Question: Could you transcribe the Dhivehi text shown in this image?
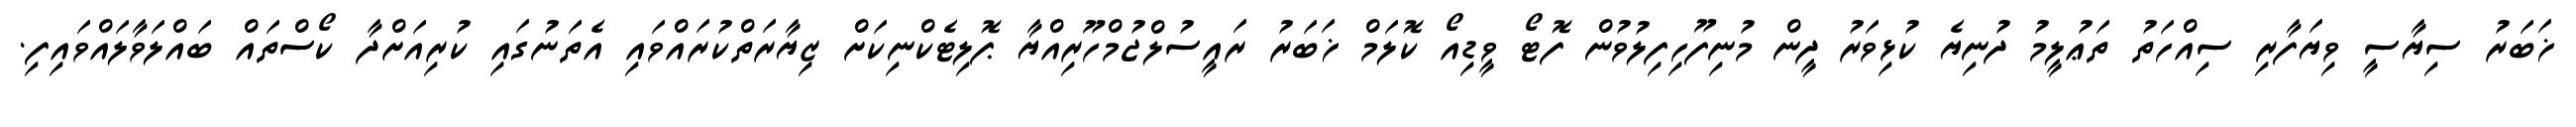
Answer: ޚަބަރު ސިޔާސީ ވިޔަފާރި ސިއްހަތު ތަޢުލީމު ދުނިޔެ ކުޅިވަރު ދީން މުނިފޫހިފިލުވުން ފޮޓޯ ވީޑިއޯ ކޮލަމް ޚަބަރު ރައީސުލްޖުމްހޫރިއްޔާ ޕޮލިޓެކްނިކަށް ޒިޔާރަތްކުރައްވައި އެތަނުގައި ކުރިއަށްދާ ކޯސްތައް ބައްލަވާލައްވައިފި.